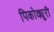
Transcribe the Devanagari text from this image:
पिकोक्यूरी